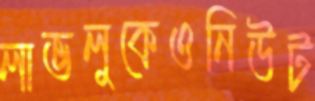
লাভলুকেওনিউট